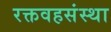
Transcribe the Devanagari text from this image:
रक्तवहसंस्था